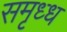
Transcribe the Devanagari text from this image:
समृध्ध